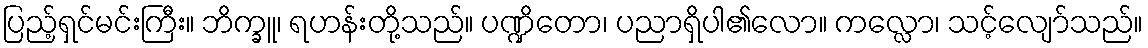
ပြည့်ရှင်မင်းကြီး။ ဘိက္ခူ၊ ရဟန်းတို့သည်။ ပဏ္ဍိတော၊ ပညာရှိပါ၏လော။ ကလ္လော၊ သင့်လျော်သည်။